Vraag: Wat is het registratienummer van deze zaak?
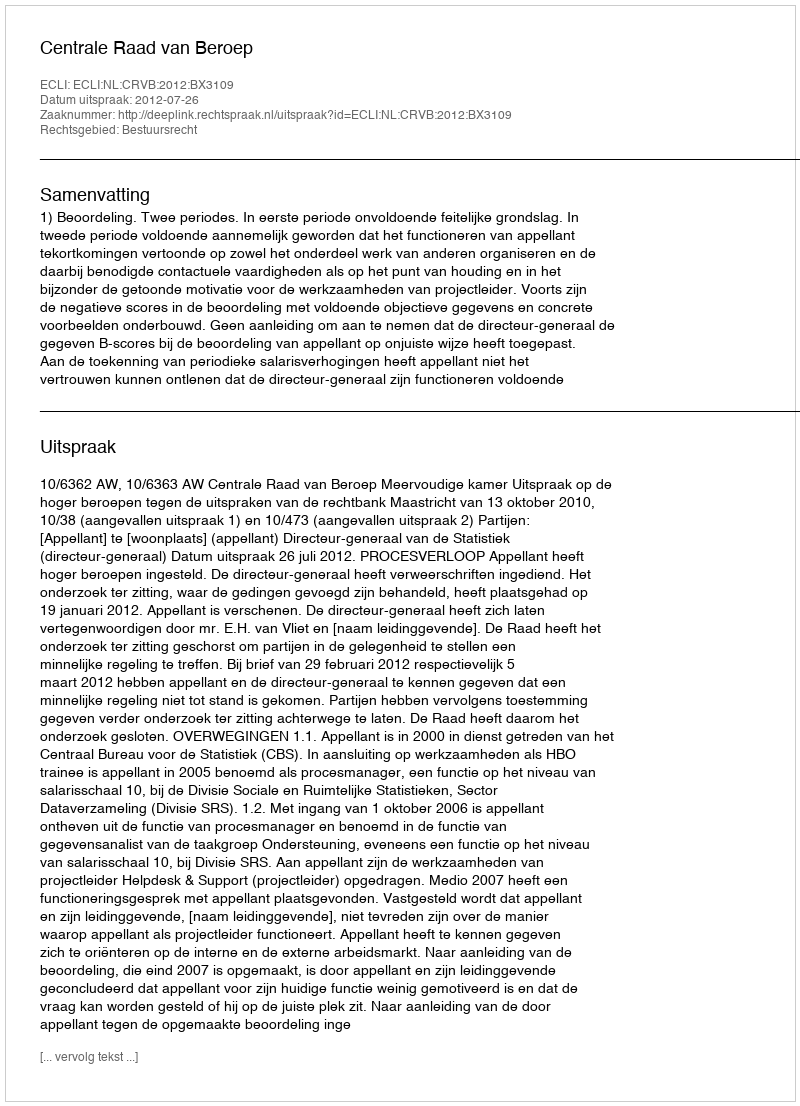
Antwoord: http://deeplink.rechtspraak.nl/uitspraak?id=ECLI:NL:CRVB:2012:BX3109